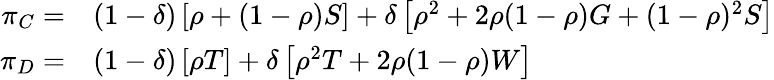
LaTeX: \begin{array}{rl}{\pi_{C}=}&{{}(1-\delta)\left[\rho+(1-\rho)S\right]+\delta\left[\rho^{2}+2\rho(1-\rho)G+(1-\rho)^{2}S\right]}\\ {\pi_{D}=}&{{}(1-\delta)\left[\rho T\right]+\delta\left[\rho^{2}T+2\rho(1-\rho)W\right]}\end{array}